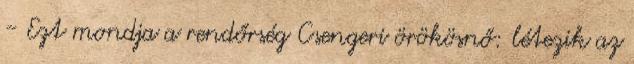
- Ezt mondja a rendőrség Csengeri örökösnő: létezik az